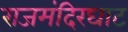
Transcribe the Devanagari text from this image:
राजमंदिरघाट